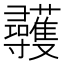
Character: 彠